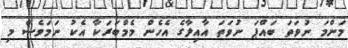
މަންމަ ނުވަތަ ބައްޕަ ނުވަތަ އާއިލާގެ އެހެން މެމްބަރަކާ އެކު ނަމަވެސް މި